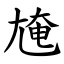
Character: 㞄